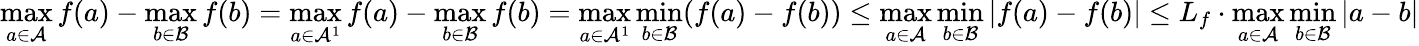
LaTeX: \operatorname*{max}_{a\in\mathcal{A}}f(a)-\operatorname*{max}_{b\in\mathcal{B}}f(b)=\operatorname*{max}_{a\in\mathcal{A}^{1}}f(a)-\operatorname*{max}_{b\in\mathcal{B}}f(b)=\operatorname*{max}_{a\in\mathcal{A}^{1}}\operatorname*{min}_{b\in\mathcal{B}}(f(a)-f(b))\leq\operatorname*{max}_{a\in\mathcal{A}}\operatorname*{min}_{b\in\mathcal{B}}|f(a)-f(b)|\leq L_{f}\cdot\operatorname*{max}_{a\in\mathcal{A}}\operatorname*{min}_{b\in\mathcal{B}}|a-b|